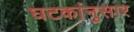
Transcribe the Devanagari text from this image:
घटकांनुसार